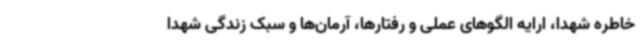
خاطره شهدا، ارایه الگوهای عملی و رفتارها، آرمان‌ها و سبک زندگی شهدا